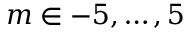
m \in { - 5 , \ldots , 5 }